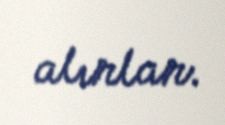
alırlar.